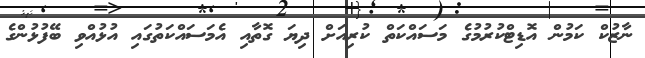
ނާޒުކް ކަމުން އޮޑިޓްކުރުމުގެ މަސައްކަތް ކުރިއަށް ދިޔަ ގޮތާއި އެމަސައްކަތުގައި އުޅުއްވި ބޭފުޅުންގެ